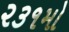
૨૩૧મો